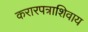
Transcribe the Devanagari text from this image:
करारपत्राशिवाय